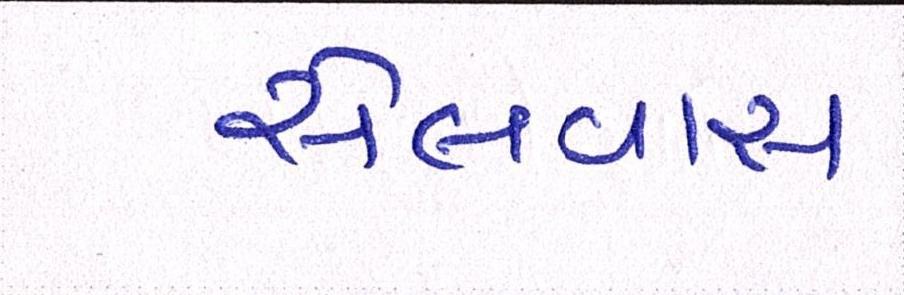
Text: સેલવાસ